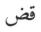
قض